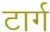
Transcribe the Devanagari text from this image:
टार्ग